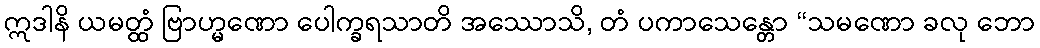
ဣဒါနိ ယမတ္ထံ ဗြာဟ္မဏော ပေါက္ခရသာတိ အဿောသိ, တံ ပကာသေန္တော “သမဏော ခလု ဘော